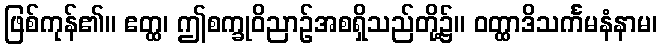
ဖြစ်ကုန်၏။ ဧတ္ထ၊ ဤစက္ခုဝိညာဉ်အစရှိသည်တို့၌။ ဝတ္ထာဒိသင်္ကမနံနာမ၊